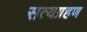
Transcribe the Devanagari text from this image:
सत्यग्रहण